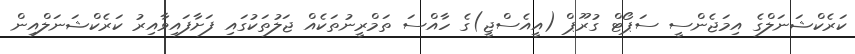
ކަރެކްޝަނަލްގެ އިމަޖެންސީ ސަޕޯޓް ގުރޫޕް (އީއެސްޖީ)ގެ ހާއްސަ ތަމްރީނުތަކެއް ޖަލުތަކުގައި ފަށާފައިވާއިރު ކަރެކްޝަނަލްއިން